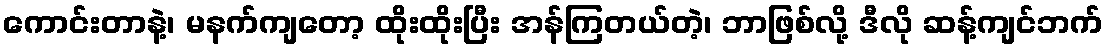
ကောင်းတာနဲ့၊ မနက်ကျတော့ ထိုးထိုးပြီး အန်ကြတယ်တဲ့၊ ဘာဖြစ်လို့ ဒီလို ဆန့်ကျင်ဘက်